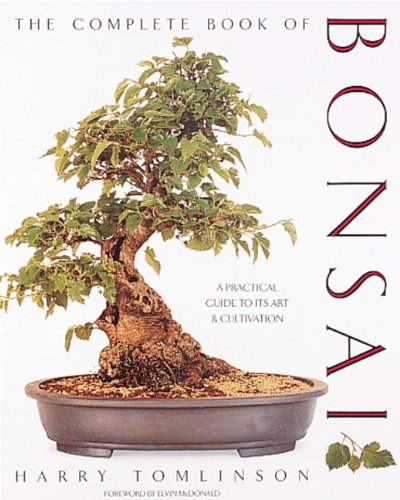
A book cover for The Complete Book of Bonsai; Harry Tomlinson; Crafts, Hobbies & Home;